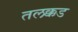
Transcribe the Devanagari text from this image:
तलक्कड